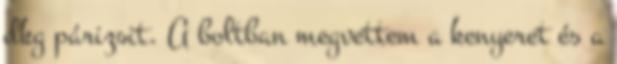
dkg párizsit. A boltban megvettem a kenyeret és a